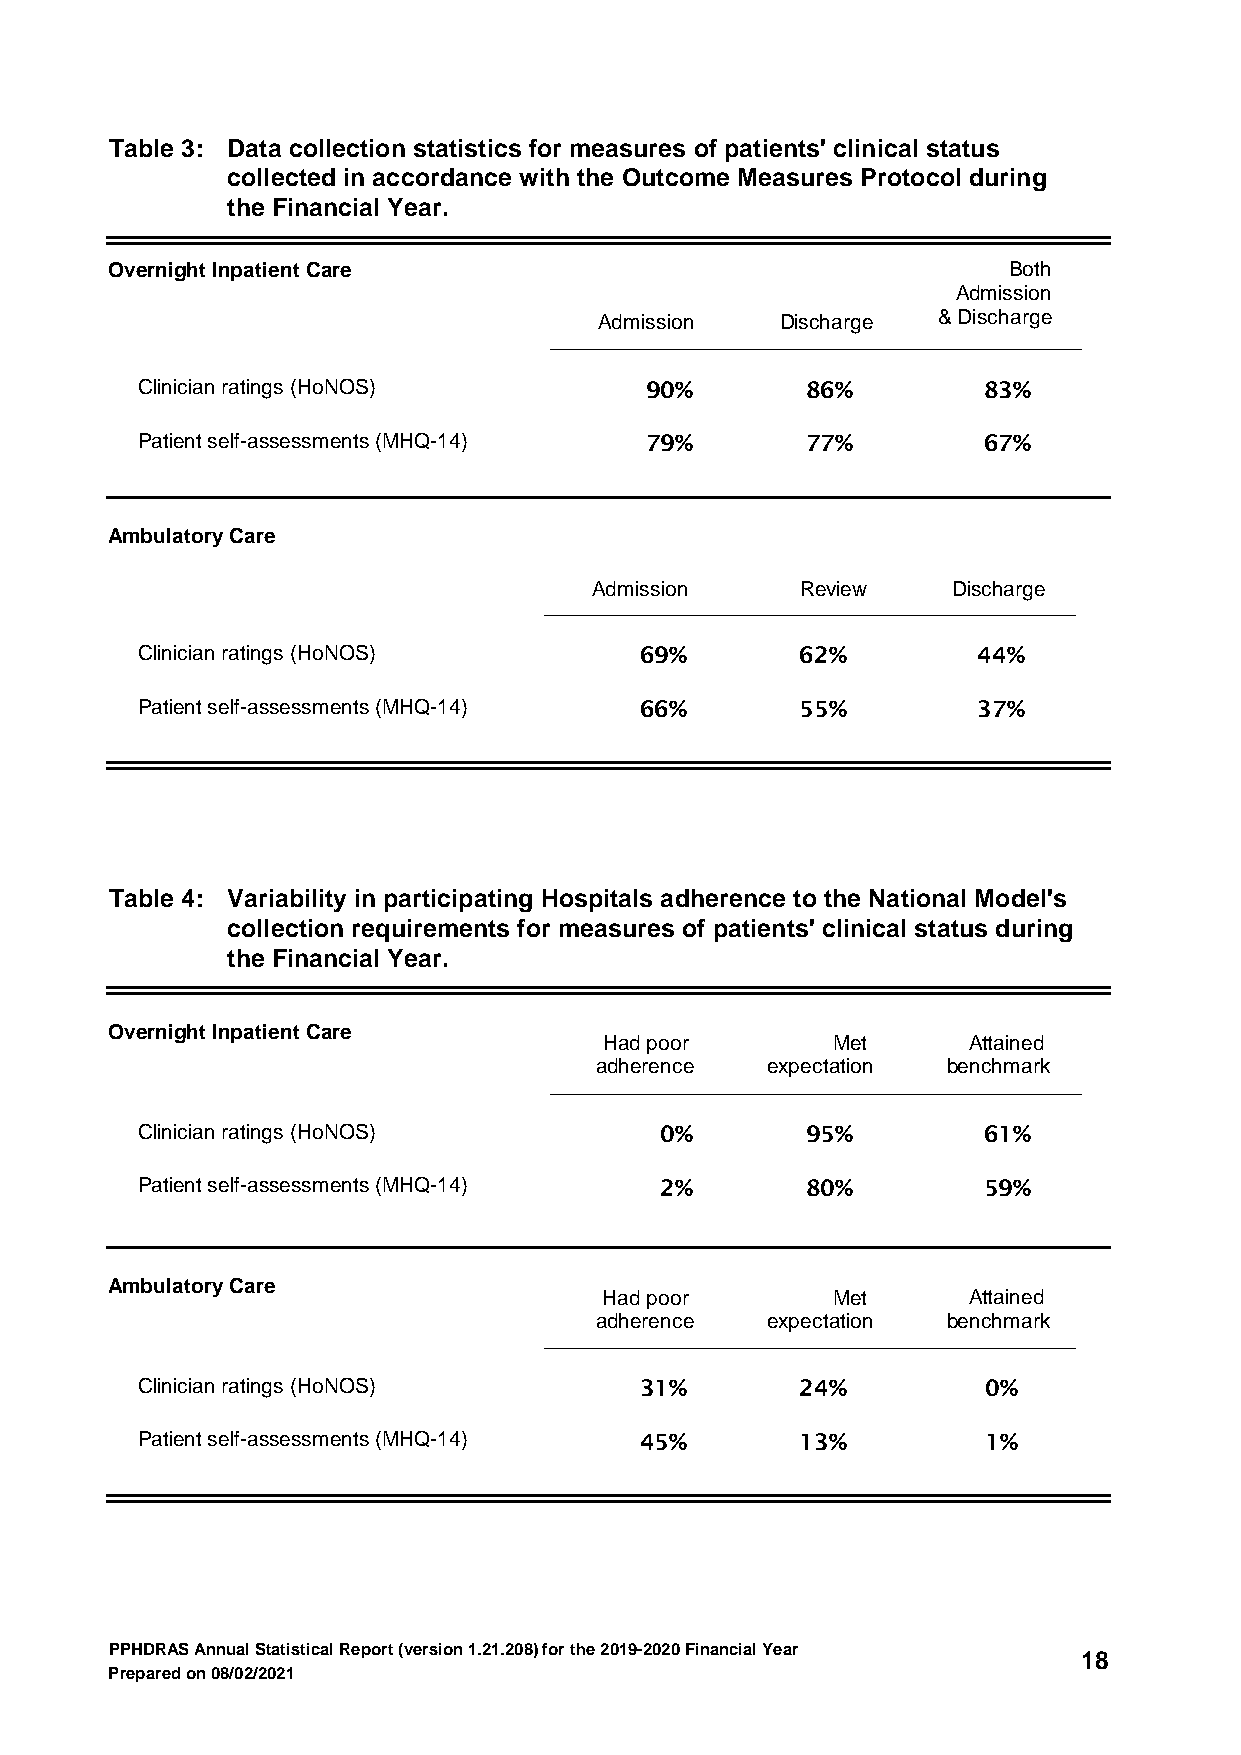
Table 3: Data collection statistics for measures of patients' clinical status
 collected in accordance with the Outcome Measures Protocol during
 the Financial Year.
 Overnight Inpatient Care                                    Both
 Admission
 Admission   Discharge & Discharge
 Clinician ratings (HoNOS)         90%       86%         83%
 Patient self-assessments (MHQ-14) 79%       77%         67%
 Ambulatory Care
 Admission     Review    Discharge
 Clinician ratings (HoNOS)        69%        62%         44%
 Patient self-assessments (MHQ-14) 66%       55%         37%
 Table 4: Variability in participating Hospitals adherence to the National Model's
 collection requirements for measures of patients' clinical status during
 the Financial Year.
 Overnight Inpatient Care
 Had poor       Met      Attained
 adherence   expectation benchmark
 Clinician ratings (HoNOS)          0%       95%         61%
 Patient self-assessments (MHQ-14)  2%       80%         59%
 Ambulatory Care
 Had poor       Met      Attained
 adherence   expectation benchmark
 Clinician ratings (HoNOS)        31%        24%         0%
 Patient self-assessments (MHQ-14) 45%       13%         1%
 PPHDRAS Annual Statistical Report (version 1.21.208) for the 2019-2020 Financial Year
 18
 Prepared on 08/02/2021